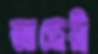
আন্ধেরী